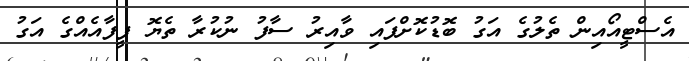
އެސްޓީއޯއިން ތެލުގެ އަގު ބޮޑުކޮށްފައި ވާއިރު ސާފު ނުކުރާ ތެޔޮ ފީފާއެއްގެ އަގު